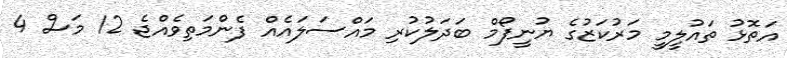
އަތޮޅު ތައުލީމީ މަރުކަޒުގެ ޔުނީފޯމް ބަދަލުކުރި މައްސަލައެއް ފެންމަތިވެއްޖެ 12 މަސް 4